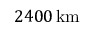
2 4 0 0 \, \mathrm { k m }